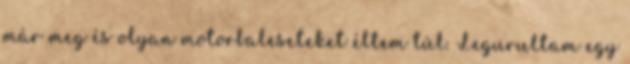
már meg és olyan motorbaleseteket éltem túl. Legurultam egy